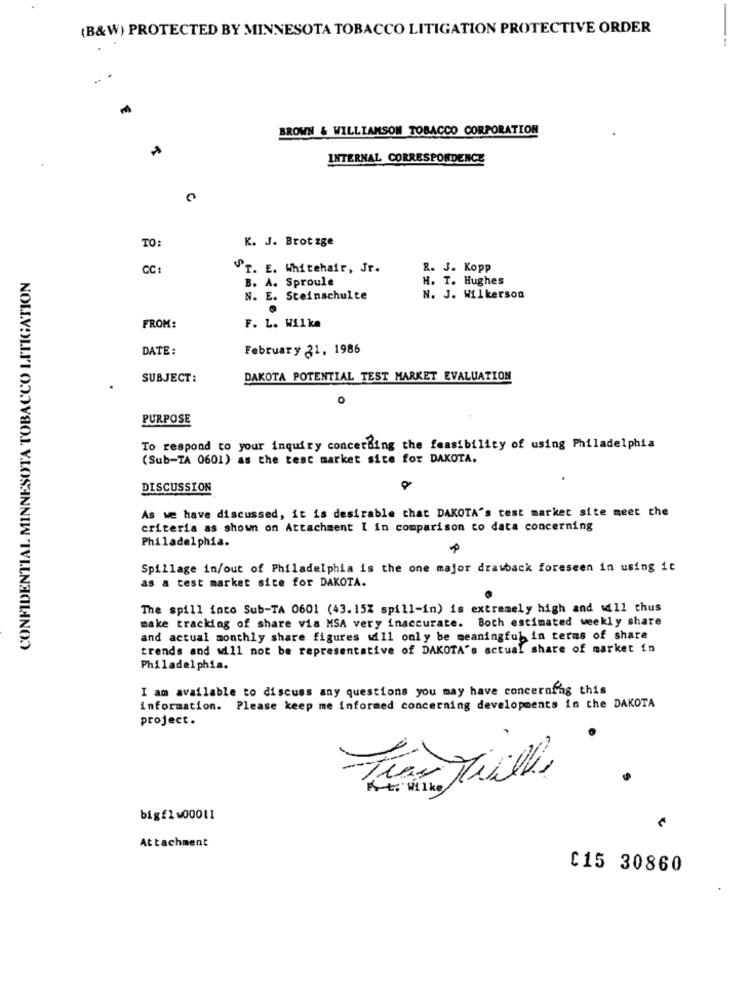
(B&W) PROTECTED BY MINNESOTA TOBACCO LITIGATION PROTECTIVE ORDER
...
BROWN & WILLIAMSON TOBACCO CORPORATION
INTERNAL CORRESPONDENCE
TO:
K. J. Brot zge
CONFIDENTIAL MINNESOTA TOBACCO LITIGATION
CC:
ST. E. Whitehair, Jr.
R. J. Kopp
B. A. Sproule
H. T. Hughes
N. E. Steinschulte
N. J. Wilkerson
FROM:
F. L. Wilke
DATE :
February 21, 1986
SUBJECT:
DAKOTA POTENTIAL TEST MARKET EVALUATION
PURPOSE
To respond to your inquiry concething the feasibility of using Philadelphia
(Sub-TA 0601) as the test market site for DAKOTA.
DISCUSSION
As we have discussed, it is desirable that DAKOTA's test market site meet the
criteria as shown on Attachment I in comparison to data concerning
Philadelphia.
Spillage in/out of Philadelphia is the one major drawback foreseen in using it
as a test market sice for DAKOTA.
The spill into Sub-TA 0601 (43. 15% spill-in) is extremely high and will thus
make tracking of share vis MSA very inaccurate. Both estimated weekly share
and actual monthly share figures will only be meaningful in terms of share
trends and will not be representative of DAKOTA's actual share of market in
Philadelphia.
I am available to discuss any questions you may have concerning this
information. Please keep me informed concerning developments in the DAKOTA
project.
Tres Tialle
to wilke
bigflw00011
Attachment
C15 30860